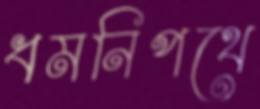
ধমনিপথে